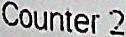
COUNTER 2